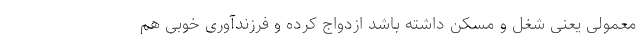
معمولی یعنی شغل و مسکن داشته باشد ازدواج کرده و فرزندآوری خوبی هم